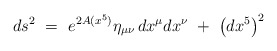
\begin{align*}ds^2\ =\ e^{2 A(x^5)} \eta_{\mu\nu}\, dx^\mu dx^\nu\ +\ \left( dx^5 \right)^2\end{align*}